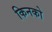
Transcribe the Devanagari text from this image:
किनको